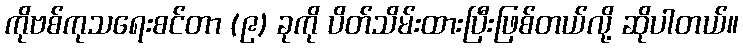
ကိုဗစ်ကုသရေးစင်တာ (၉) ခုကို ပိတ်သိမ်းထားပြီးဖြစ်တယ်လို့ ဆိုပါတယ်။